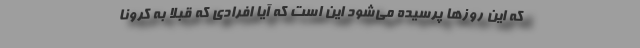
که این روزها پرسیده می‌شود این است که آیا افرادی که قبلا به کرونا